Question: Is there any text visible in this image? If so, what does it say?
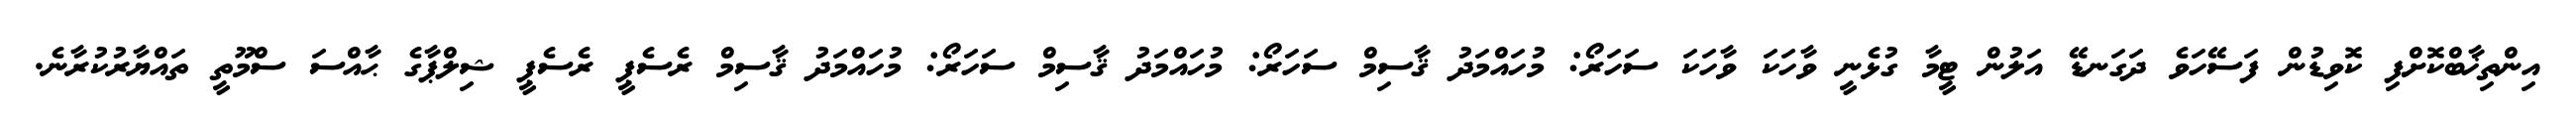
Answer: އިންތިޚާބްކޮށްފި ކޮވިޑުން ފަސޭހަވެ ދަގަނޑޭ އަލުން ޓީމާ ގުޅެނީ ވާހަކަ ވާހަކަ ސަހަރޯ: މުހައްމަދު ޤާސިމް ސަހަރޯ: މުހައްމަދު ޤާސިމް ސަހަރޯ: މުހައްމަދު ޤާސިމް ރެސެޕީ ރެސެޕީ ޝިލްޕާގެ ޙާއްސަ ސްމޫތީ ތައްޔާރުކުރާނެ.